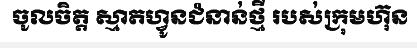
ចូលចិត្ត ស្មាតហ្វូនជំនាន់ថ្មី របស់ក្រុមហ៊ុន